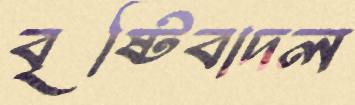
বৃষ্টিবাদল